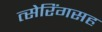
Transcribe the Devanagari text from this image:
त्सेरिंगसह